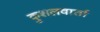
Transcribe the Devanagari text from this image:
कुशलवार्ता